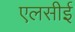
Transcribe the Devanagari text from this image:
एलसीई